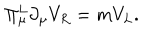
LaTeX: \Pi _ { \mu } ^ { L } \partial _ { \mu } V _ { R } = m V _ { L } .